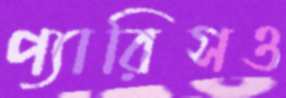
প্যারিসও